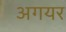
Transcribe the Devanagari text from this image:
अगयर